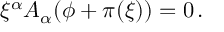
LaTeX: \xi ^ { \alpha } A _ { \alpha } ( \phi + \pi ( \xi ) ) = 0 \, .